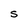
Character: S